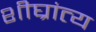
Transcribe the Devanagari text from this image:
शीघ्रांत्य